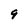
Character: 9